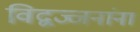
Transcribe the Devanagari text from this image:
विद्वज्जनांना